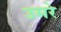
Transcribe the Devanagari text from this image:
उमरे